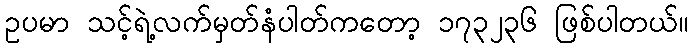
ဥပမာ သင့်ရဲ့လက်မှတ်နံပါတ်ကတော့ ၁၇၃၂၃၆ ဖြစ်ပါတယ်။